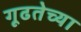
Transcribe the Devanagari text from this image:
गूढतेच्या